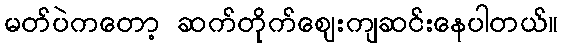
မတ်ပဲကတော့ ဆက်တိုက်ဈေးကျဆင်းနေပါတယ်။